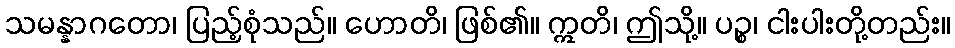
သမန္နာဂတော၊ ပြည့်စုံသည်။ ဟောတိ၊ ဖြစ်၏။ ဣတိ၊ ဤသို့။ ပဉ္စ၊ ငါးပါးတို့တည်း။